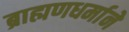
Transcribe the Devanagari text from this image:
ब्राह्मणधर्माने